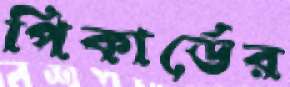
পিকার্ডের